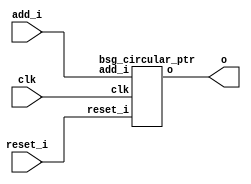


module top
(
  clk,
  reset_i,
  add_i,
  o
);

  input [0:0] add_i;
  output [3:0] o;
  input clk;
  input reset_i;

  bsg_circular_ptr
  wrapper
  (
    .add_i(add_i),
    .o(o),
    .clk(clk),
    .reset_i(reset_i)
  );


endmodule



module bsg_circular_ptr
(
  clk,
  reset_i,
  add_i,
  o
);

  input [0:0] add_i;
  output [3:0] o;
  input clk;
  input reset_i;
  wire N0,N1,N2,N3,N4,N5,N6,N7,N8,N9;
  wire [3:0] genblk1_genblk1_ptr_r_p1;
  reg [3:0] o;
  assign genblk1_genblk1_ptr_r_p1 = o + 1'b1;
  assign { N6, N5, N4, N3 } = (N0)? { 1'b0, 1'b0, 1'b0, 1'b0 } : 
                              (N1)? genblk1_genblk1_ptr_r_p1 : 1'b0;
  assign N0 = reset_i;
  assign N1 = N2;
  assign N2 = ~reset_i;
  assign N7 = ~add_i[0];
  assign N8 = N7 & N2;
  assign N9 = ~N8;

  always @(posedge clk) begin
    if(N9) begin
      { o[3:0] } <= { N6, N5, N4, N3 };
    end 
  end


endmodule